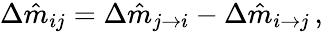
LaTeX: \Delta\hat{m}_{ij}=\Delta\hat{m}_{j\rightarrow i}-\Delta\hat{m}_{i\rightarrow j}\, ,